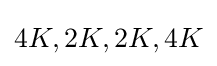
4K,2K,2K,4K